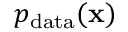
p _ { \mathrm { d a t a } } ( \mathbf { x } )